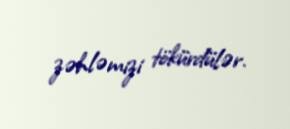
zəhləmizi tökürdülər.